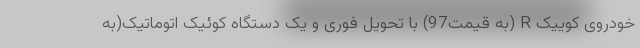
خودروی کوییک R (به قیمت97) با تحویل فوری و یک دستگاه کوئیک اتوماتیک(به